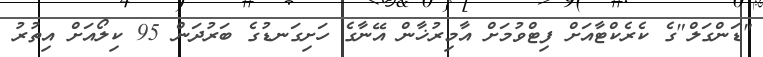
"ޑަންގަލް"ގެ ކެރެކްޓާއަށް ފިޓްވުމަށް އާމިރުޚާން އޭނާގެ ހަށިގަނޑުގެ ބަރުދަން 95 ކިލޯއަށް އިތުރު